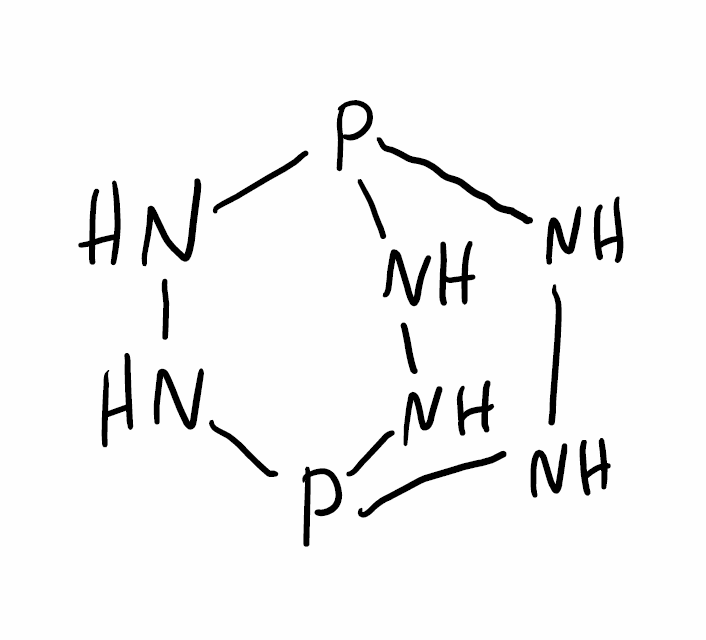
Simplified molecular-input line-entry system (SMILES) notation of the given molecule:
N1NP2NNP1NN2